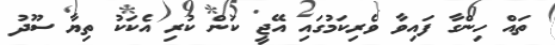
ތައް ހިންގާ ފައިވާ ވެރިކަމުގައި އޭޖީ ކަން ކުރި އެކަކު ތިޔާ ސޫދު